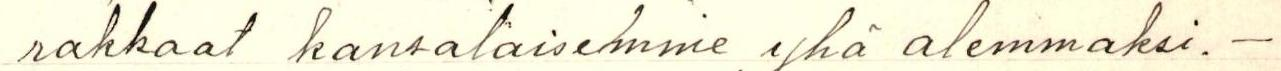
rakkaat kansalaisemme yhä alemmaksi. -